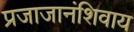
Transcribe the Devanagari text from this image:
प्रजाजानंशिवाय